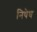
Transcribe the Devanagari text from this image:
निषेघ